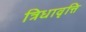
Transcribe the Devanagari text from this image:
त्रिधावृत्ति